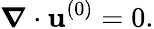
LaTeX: \boldsymbol{\nabla}\cdot\mathbf{u}^{(0)}=0.